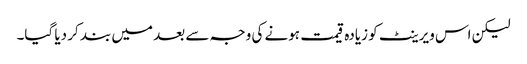
لیکن اس ویرینٹ کو زیادہ قیمت ہونے کی وجہ سے بعد میں بند کر دیا گیا۔